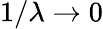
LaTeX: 1/\lambda\rightarrow 0